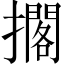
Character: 擱